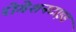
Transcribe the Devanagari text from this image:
रोगेशनटाइड